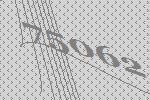
75062